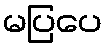
မပြပေ